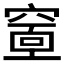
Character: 𥧘